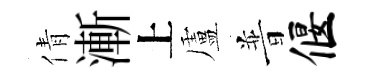
倩漸上盧普偃